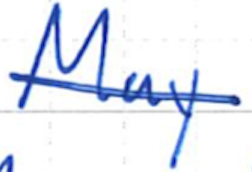
Text: May
Cross-out: single-line
Writing tool: ballpoint